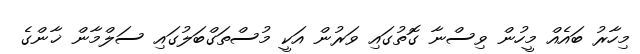
މިހާރު ބައެއް މީހުން ވިސްނާ ގޮތުގައި ވަރުން އަކީ މުސްތަގްބަލުގައި ސަލްމާން ޚާންގެ